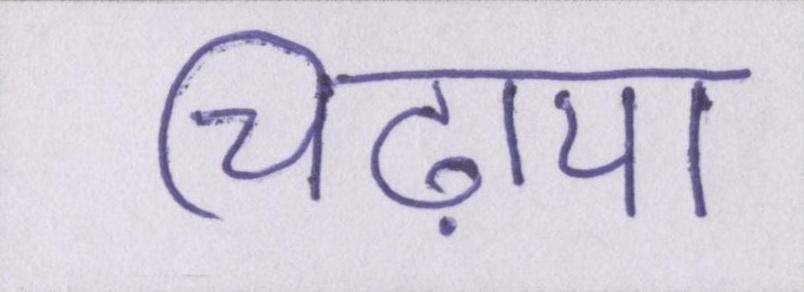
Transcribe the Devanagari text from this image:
चिढ़ाया